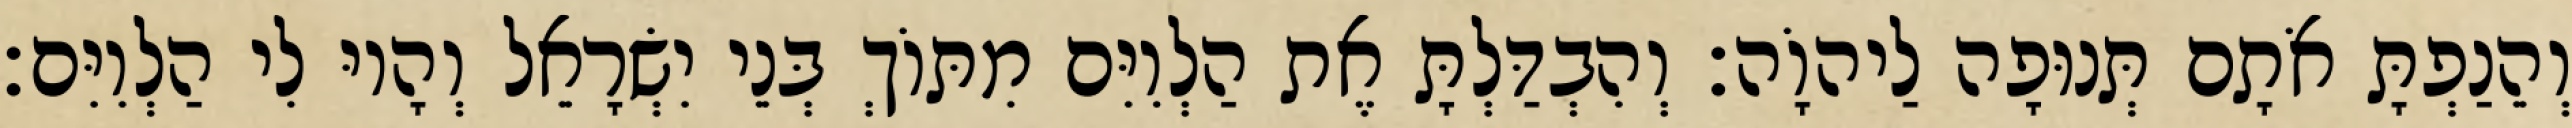
וְהֵנַפְתָּ אֹתָם תְּנוּפָה לַיהוָֹה׃ וְהִבְדַּלְתָּ אֶת הַלְוִיִּם מִתּוֹךְ בְּנֵי יִשְׂרָאֵל וְהָיוּ לִי הַלְוִיִּם׃